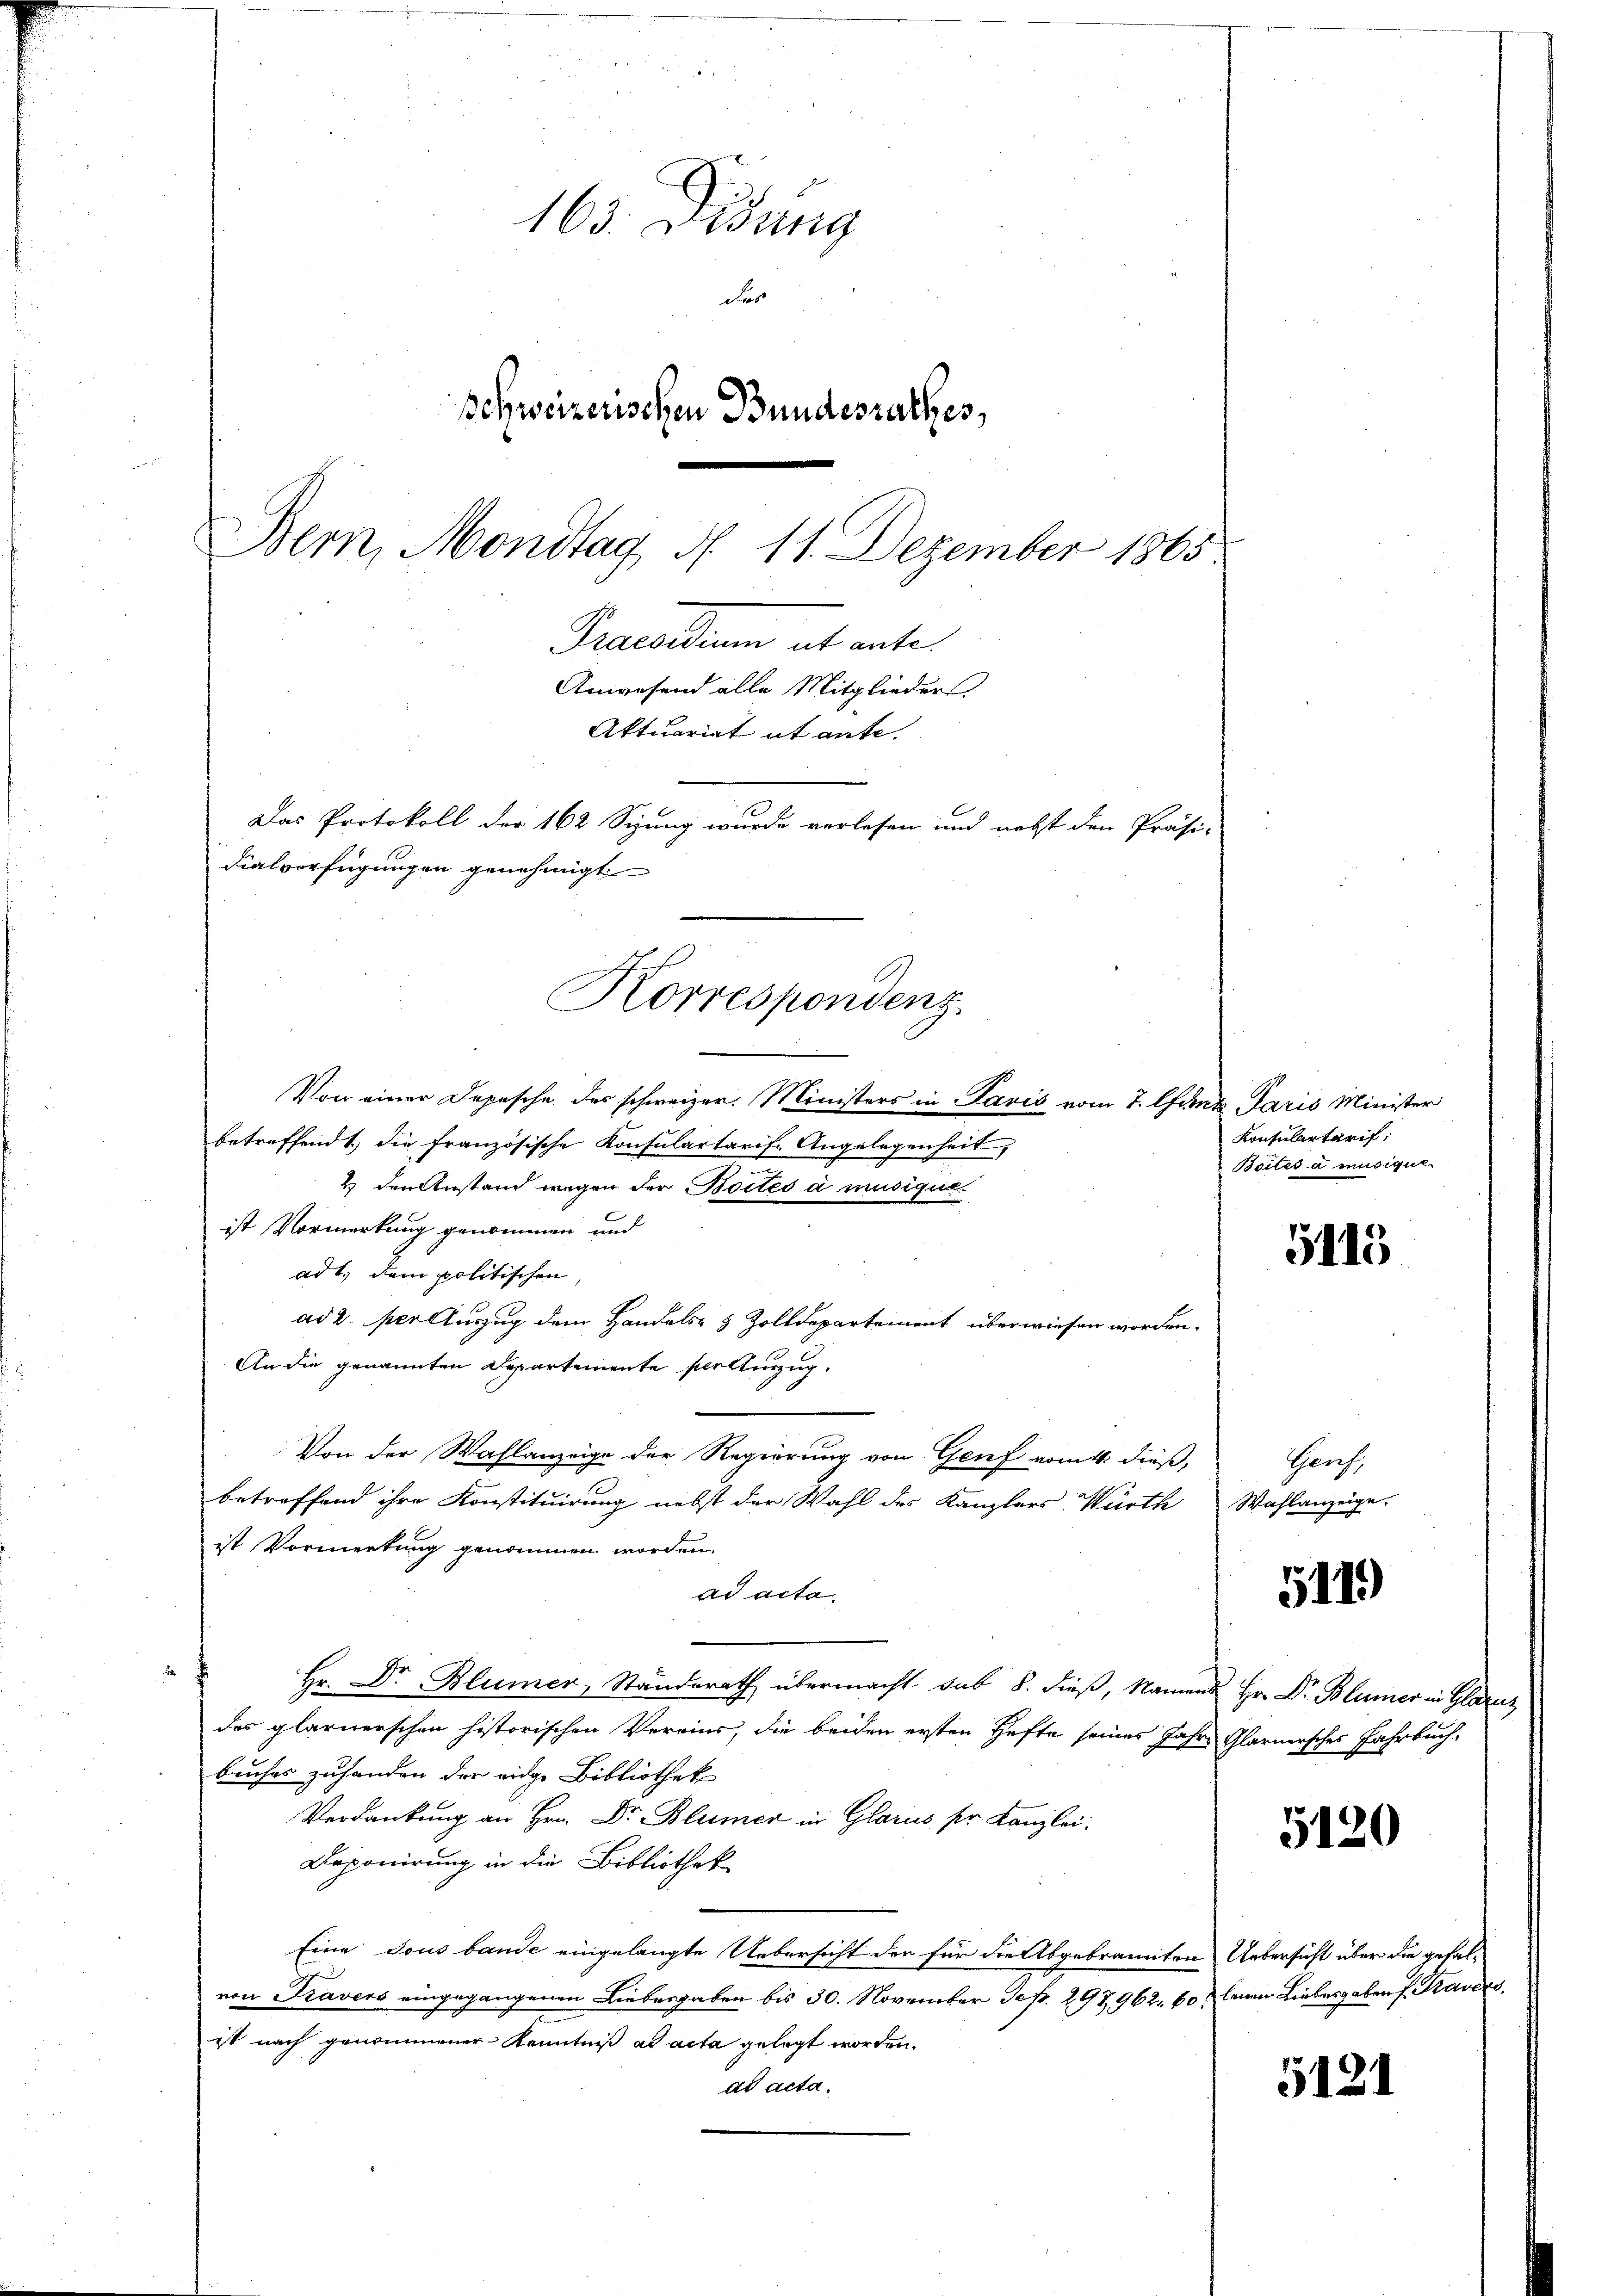
163. Dedung
des
schweizerischen Bundesrathes,
Bern, Mondtag N. 11. Dezember 1865
Praesiduum ab ante-
Anwesend alle Mitglieders.
Aktuariat ut ante.
Das Protokoll der 162 Sizung wurde verlesen und nebst den Präsi-
dialverfügungen genehmigt

Korrespondenz

Von einer Depesche des schweizer. Ministers in Paris vom 7. Mit Paris Minister
betreffend die französische Konsulartarise Angelegenheit,
4 den Anstand wegen der Boctes a musigi
ist Vormerkung genommen und
ad 1., dem politischen
ad 2. per Auszug dem Handels- & Zolldepartement überwiesen worden.
An die genannten Departemente per Auszug.
Von der Wahlanzeige der Regierung von Genf vom 1. dieß,
betreffend ihre Konstituirung nebst der Wahl des Kanzlers Würth Wahlanzeige
ist Vormerkung genommen worden.
ad acta.
Hr. Dr Blümer, Standerath übermacht. Sab 8. dieß, Namens Hr. Dr. Blümer in Glaruz
des glarnerschen historischen Vereins, die beiden ersten Hefte seines Jahre Glarnersches Fahrbuch,
buches zuhanden der eidge Bibliothek
Verdankung an Hrn. Dr. Blümer in Glarus sr. Kanzlei.
Deponirung in die Bibliothek
Eine sous bande eingelangte Uebersicht der für die Abgebrannten Uebersicht über die gefalvon Kavers eingegangenen Liebesgaben bis 30. November Sep. 297,962, 60 & leinen Liebesgaben f Kavers
ist nach genommener Kenntniß ad acta gelegt worden.
ad acta.

Konsulertarif:
Boites a musique.

5113

Genf,

5119

5120

5121